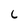
Character: C